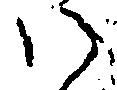
い